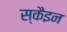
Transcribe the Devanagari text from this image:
स्कैइन